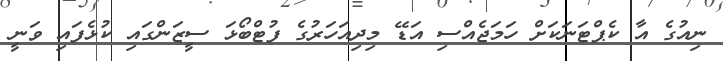
ނިއުގެ އާ ކެޕްޓަނަކަށް ހަމަޖެއްސި އަޑޭ މިދިއަހަރުގެ ފުޓްބޯޅަ ސީޒަންގައި ކުޅެފައި ވަނީ